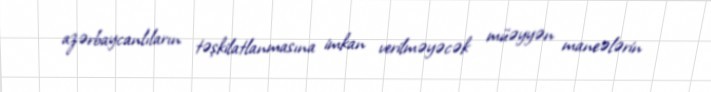
azərbaycanlıların təşkilatlanmasına imkan verilməyəcək müəyyən maneələrin